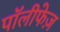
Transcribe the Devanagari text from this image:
पॉलीफेज़